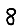
Digit: 8